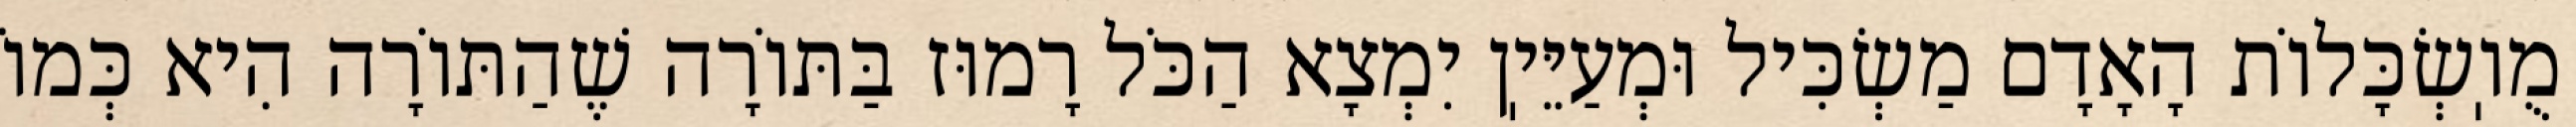
מֻוֽשְׂכָּלוֹת הָאָדָם מַשְׂכִּיל וּמְעַיֵּיֽן יִמְצָא הַכֹּל רָמוּז בַּתּוֹרָה שֶׁהַתּוֹרָה הִיא כְּמוֹ